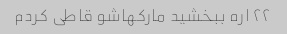
۲۲ اره ببخشید مارکهاشو قاطی کردم